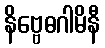
နိဗ္ဗေဓဂါမိနီ